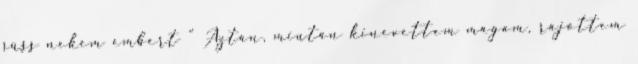
süss nekem embert ” Aztán, miután kinevettem magam, rájöttem